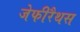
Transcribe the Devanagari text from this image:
जेफीरैथस